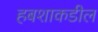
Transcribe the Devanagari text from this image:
हबशाकडील